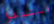
استدعوا